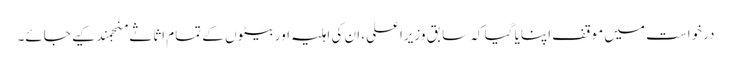
درخواست میں موقف اپنایا گیا کہ سابق وزیراعلی، ان کی اہلیہ اور بیٹوں کے تمام اثاثے منجمند کیے جائے۔